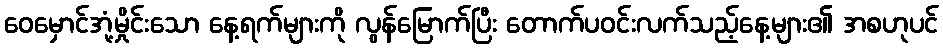
ဝေမှောင်အုံ့မှိုင်းသော နေ့ရက်များကို လွန်မြောက်ပြီး တောက်ပဝင်းလက်သည့်နေ့များ၏ အစဟုပင်